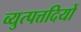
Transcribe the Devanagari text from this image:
व्युत्पत्तदियों